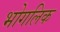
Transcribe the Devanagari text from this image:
भोगलिक